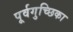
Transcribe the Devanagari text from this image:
पूर्वगुच्छिका